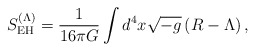
\begin{align*} S_{\rm EH}^{(\Lambda)} = \frac{1}{16\pi G} \int d^{4}x \sqrt{-g}\left(R-\Lambda\right),\end{align*}